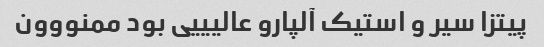
پیتزا سیر و استیک آلپارو عالیییی بود ممنووون